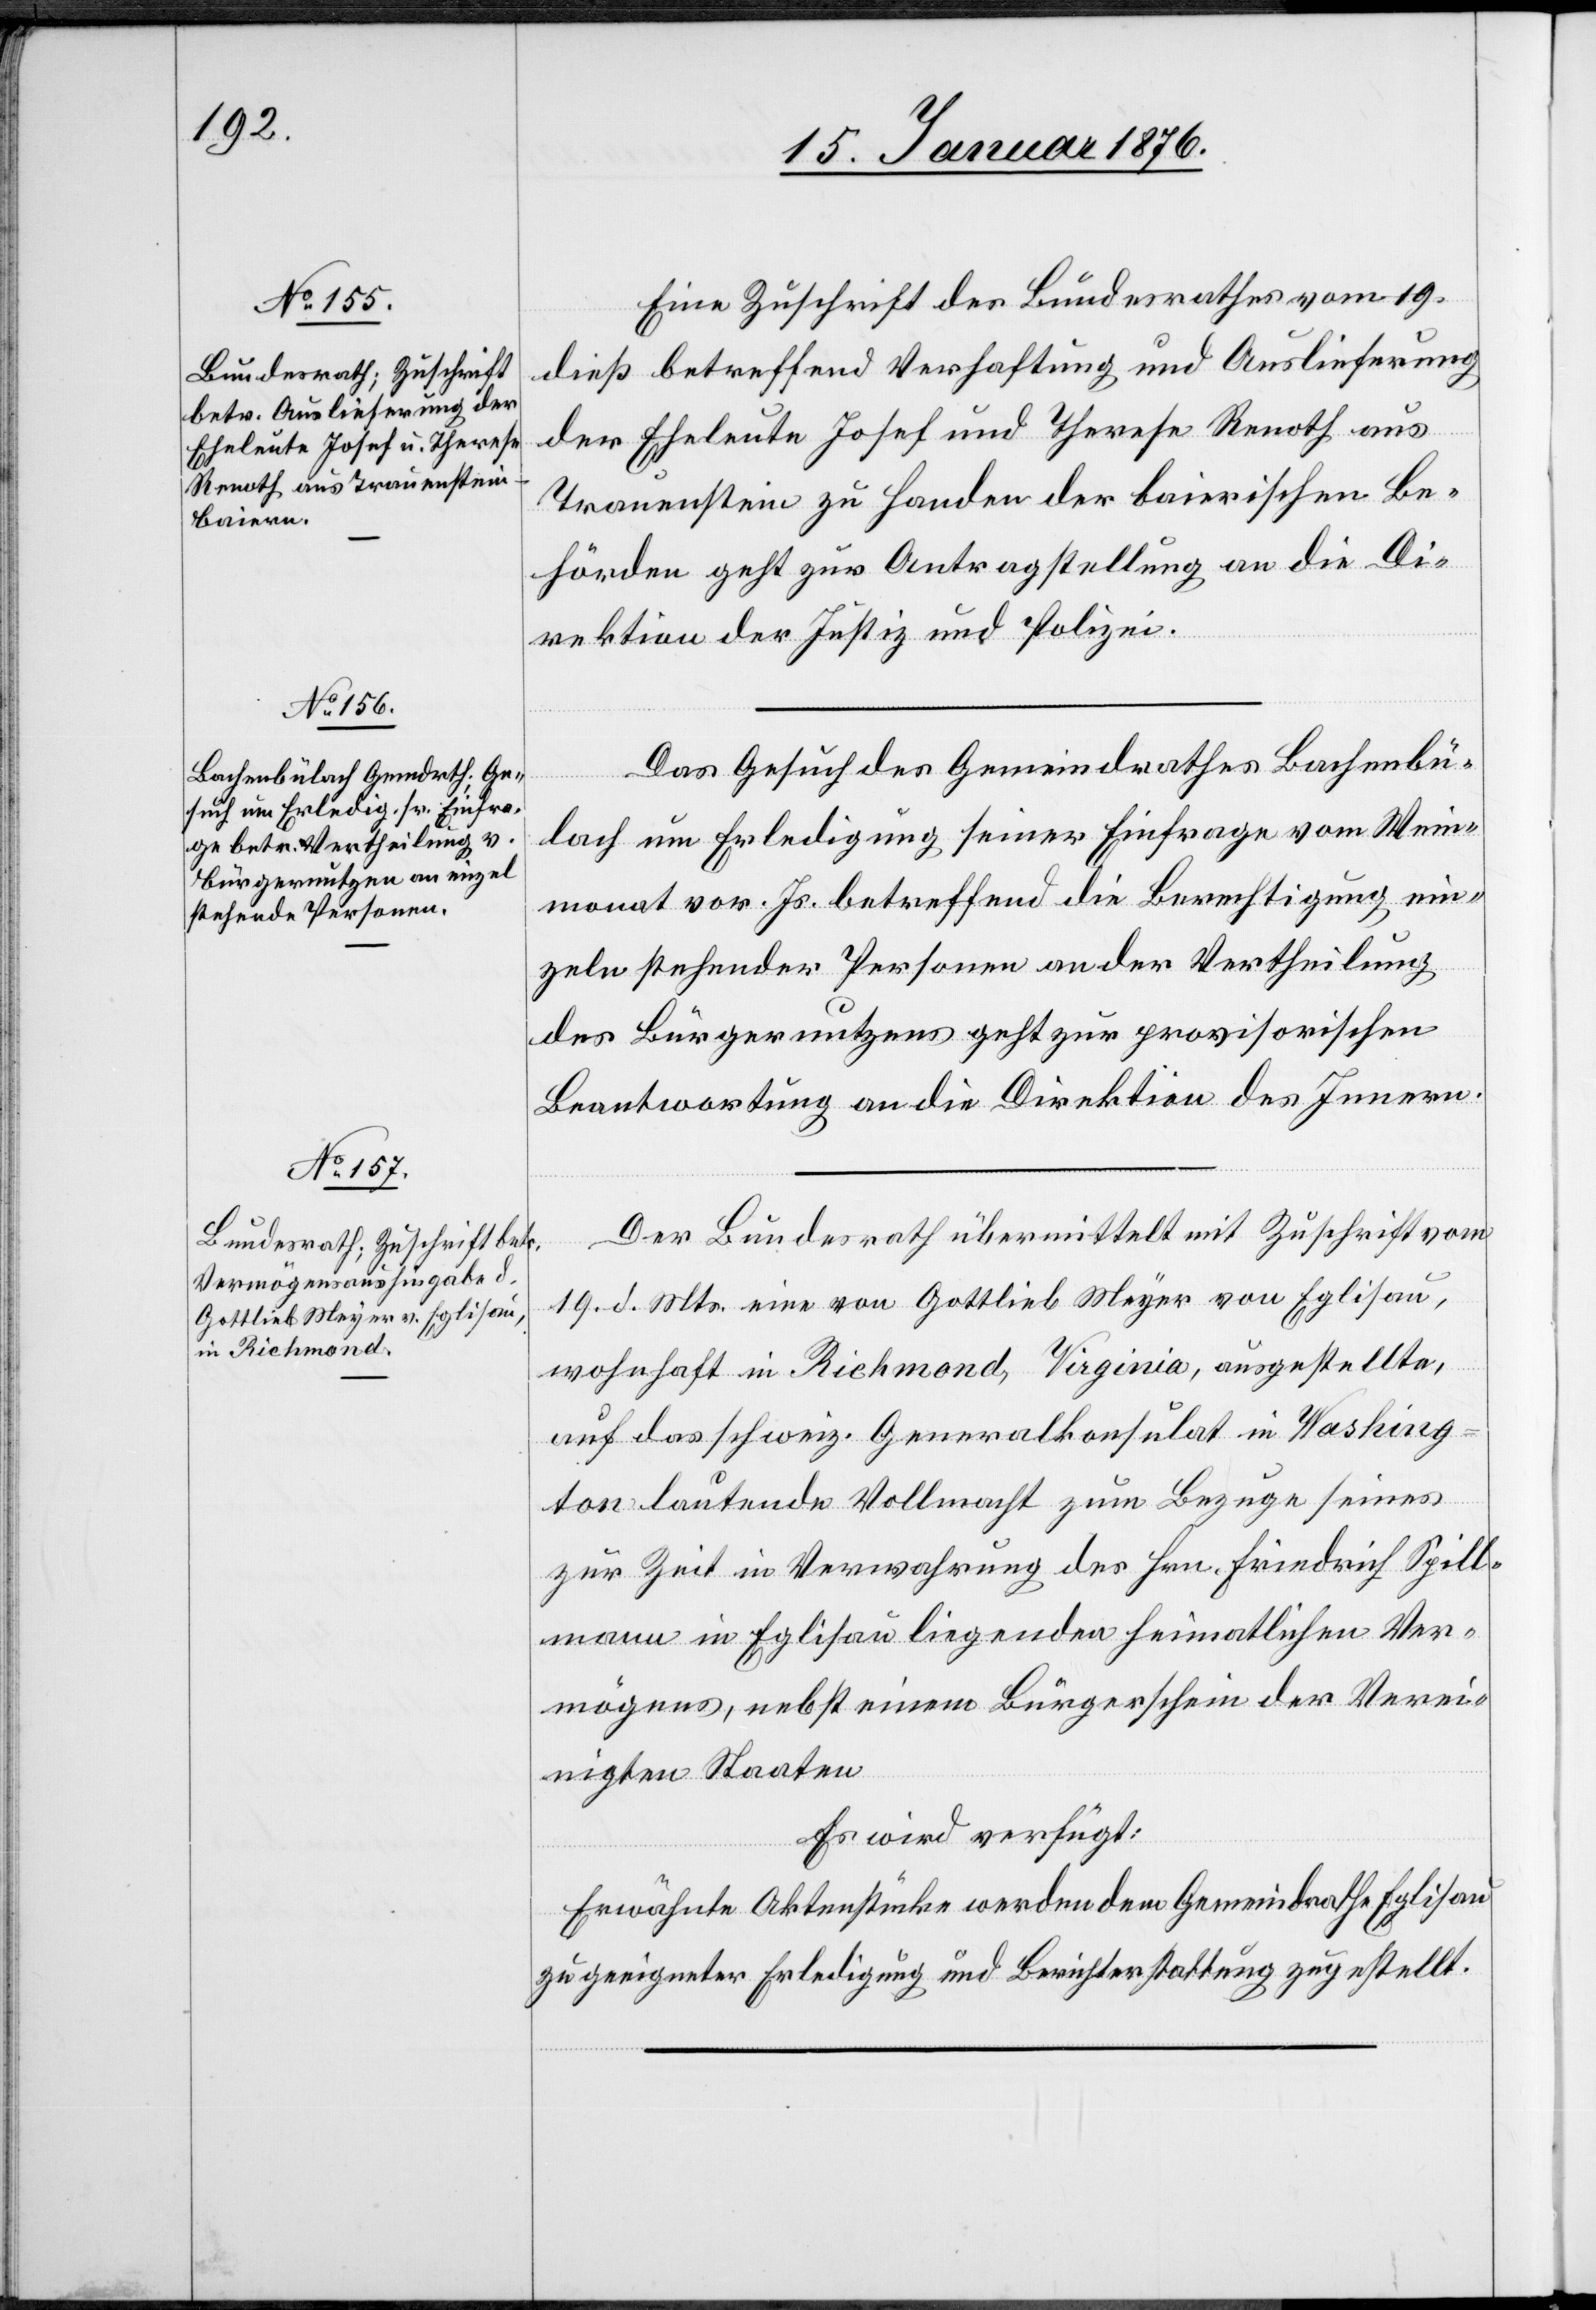
21. Januar 1876.]
Eine Zuschrift des Bundesrathes am 19.
dieß betreffend Verhaftung und Auslieferung
der Eheleute Josef und Therese Renoth aus
Trauenstein zu Handen der baierischen Be¬
hörden geht zur Antragstellung an die Di¬
rektion der Justiz und Polizei.
Das Gesuch des Gemeindrathes Bachenbü¬
lach um Erledigung seiner Einfrage vom Wein¬
monat vor. Js. betreffend die Berechtigung ein¬
zeln stehender Personen an der Vertheilung
des Bürgernutzens geht zur provisorischen
Beantwortung an die Direktion des Innern.
Der Bundesrath übermittelt mit Zuschrift vom
19. d. Mts. eine von Gottlieb Meyer von Eglisau,
wohnhaft in Richmond, Virginia, ausgestellte,
auf das schweiz. Generalkonsulat in Washing¬
ton lautende Vollmacht zum Bezuge seines
zur Zeit in Verwahrung des Hrn. Friedrich Spill¬
mann in Eglisau liegenden heimatlichen Ver¬
mögens, nebst einem Bürgerschein der Verei¬
nigten Staaten[.]
Es wird verfügt:
Erwähnte Aktenstücke werden dem Gemeindrathes Eglisau
zu geeigneter Erledigung und Berichterstattung zugestellt.